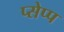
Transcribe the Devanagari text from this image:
प्सेप्प